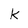
Character: k